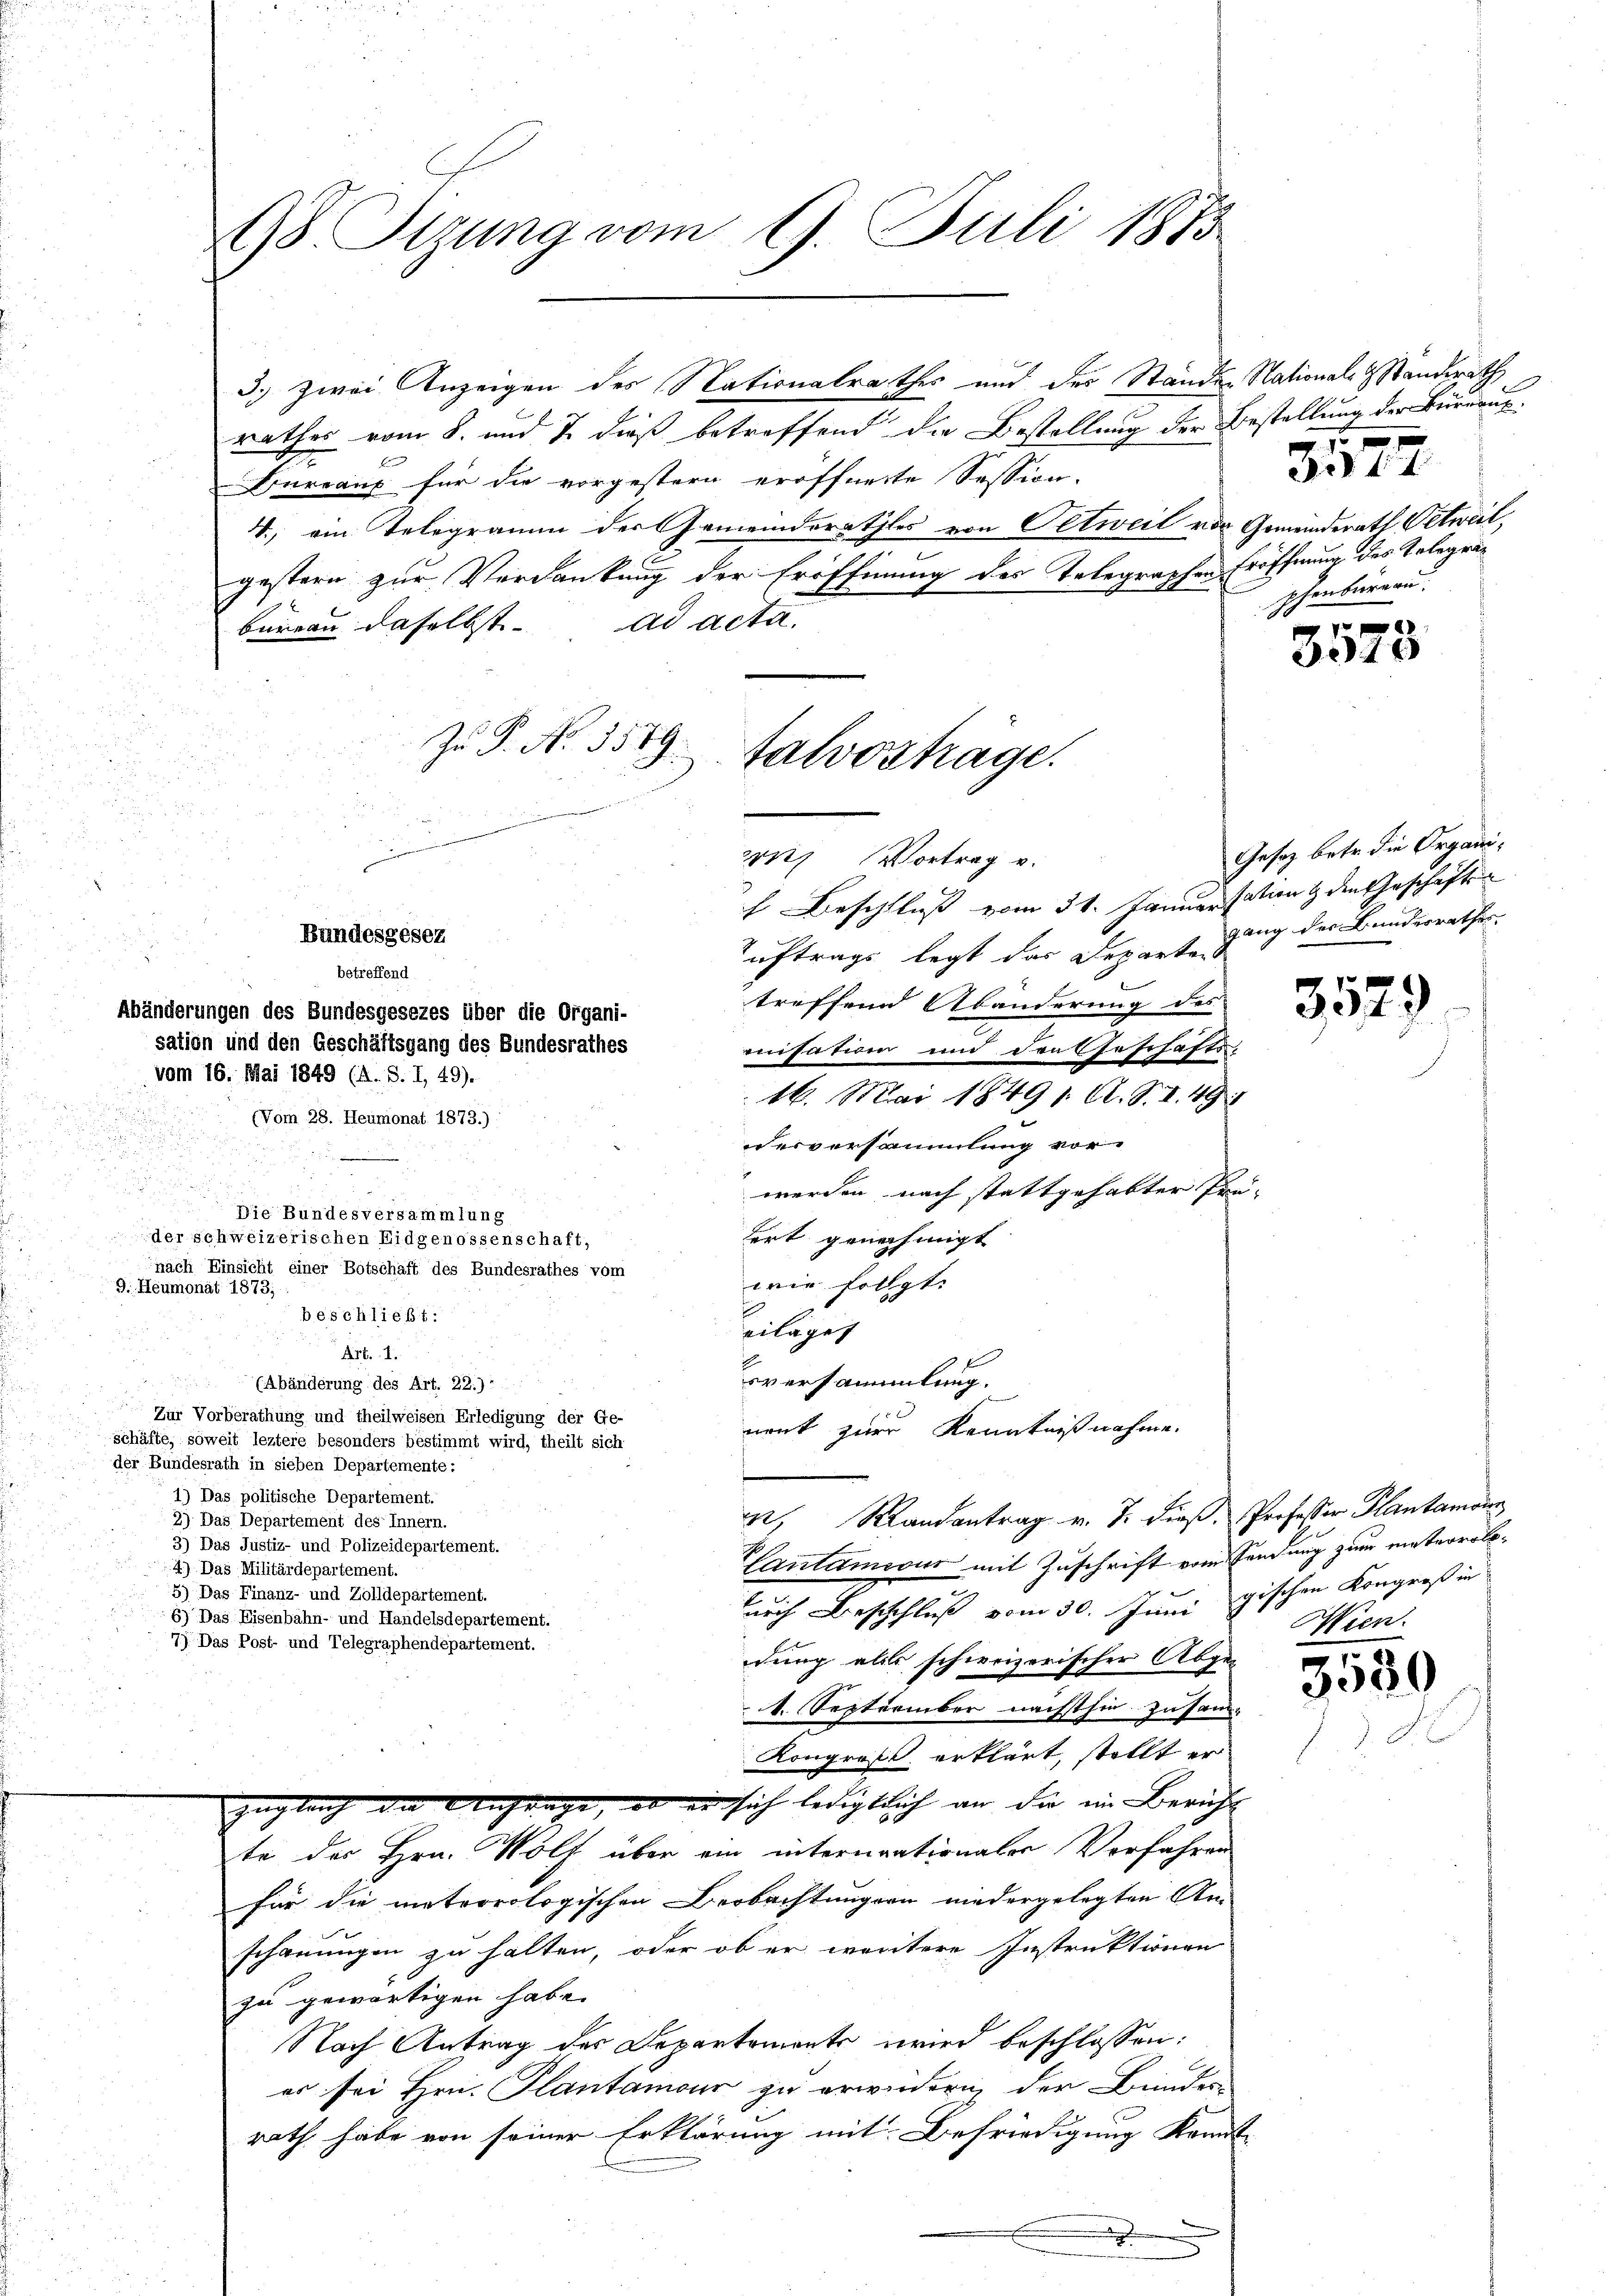
98 Stzung vom 17. Juli 1875

Bundesgesez
betreffend

Abänderungen des Bundesgesezes über die Organi-
sation und den Geschäftsgang des Bundesrathes
vom 16. Mai 1849 (A. S. I, 49).
(Vom 28. Heumonat 1873.)
n
.
i
.

Die Bundesversammlung
der schweizerischen Eidgenossenschaft,
nach Einsicht einer Botschaft des Bundesrathes vom
9. Heumonat 1873;
beschließt:
Art. 1.
(Abänderung des Art. 22.)
Zur Vorberathung und theilweisen Erledigung der Ge-
schäfte, soweit leztere besonders bestimmt wird, theilt sich
der Bundesrath in sieben Departemente:
1) Das politische Departement.
2) Das Departement des Innern.
3) Das Justiz- und Polizeidepartement.
4) Das Militärdepartement.
5) Das Finanz- und Zolldepartement.
6) Das Eisenbahn- und Handelsdepartement.
7) Das Post- und Telegraphendepartement.

rather vom 8. und 7. dieß betreffend die Bestellung der Bestellung der Büreaus
Bureaus für die vorgestern eröffnete Session.
4., ein Telegramm der Gemeindsrathes von Oetweil vor Gemeinderath Oetweil,
gestern zur Verdankung der Eröffnung des Telegraphen Eröffnung des Telegrabureau daselbst ad acta.
Zu P. No. 3579.
talvortrage.

3.) Zwei Anzeigen des Nationalrathes und des Standen Nationale Standerath

it Vortrag v.
ch Beschluß vom 31. Januar sation & den Geschäfte
Auftrags legt das Depart ging der Bundesrathes.
treffend Abänderung des
risation und den so schafts-
16. Mai 18491. A. S. S. 49.
esversammlung vor
werden nach stattgehabter Prä-
fert genehmigt
wie follgt.
.
eilaget
sversammlung.
nent zur Kenntnißnahme.
, Randantrag v. J. dieß. Professor Plantamonn
Cantamisur mit Zuschrift vom Sendung zum meteorolourch Beschluß vom 30. Juni
dung als schweizerischer Abge-
1. September nächsthin zusam-
Kongross erklärt, stellt er
zugleich die Anfrage, ob er sich ledigtlich an die im Bericht
te des Hrn. Wolf über ein internationalen Vorfahren
für die meteorologischen Beobachtungern niedergelegten An-
schauungen zu halten, oder ob er wäritere Instruktionen
zu gewärtigen habe.
Nach Antrag des Departements wird beschlossen:
er sei Hrn. Plantamour zu erwiedern der Bunder
rath habe von seiner Erklärung mit Befriedigung kannte

phenbüreau

5
Fit44

4x

Gesetz betr. die Organi¬

3579

gischen Kongroß in
Wien.

3580